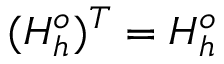
( H _ { h } ^ { o } ) ^ { T } = H _ { h } ^ { o }